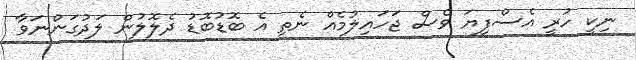
ނިކީ ހުރީ އެސްފިޔަ ވެސް ޖަހައިލުމެއް ނެތި އެ ބޮޑުބޮޑު ދެލޮލުން ލަދުގަންނަވާ